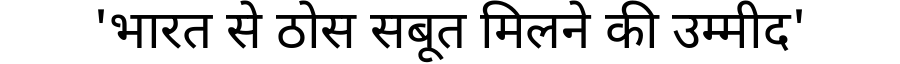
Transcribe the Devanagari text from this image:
'भारत से ठोस सबूत मिलने की उम्मीद'